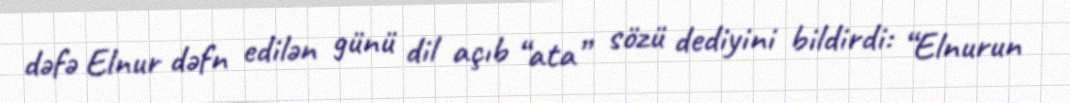
dəfə Elnur dəfn edilən günü dil açıb “ata” sözü dediyini bildirdi: “Elnurun